Report on the working of the Ranchi Indian Mental Hospital, Kanke, in Bihar and Orissa - 1930-1940
Year: 1930
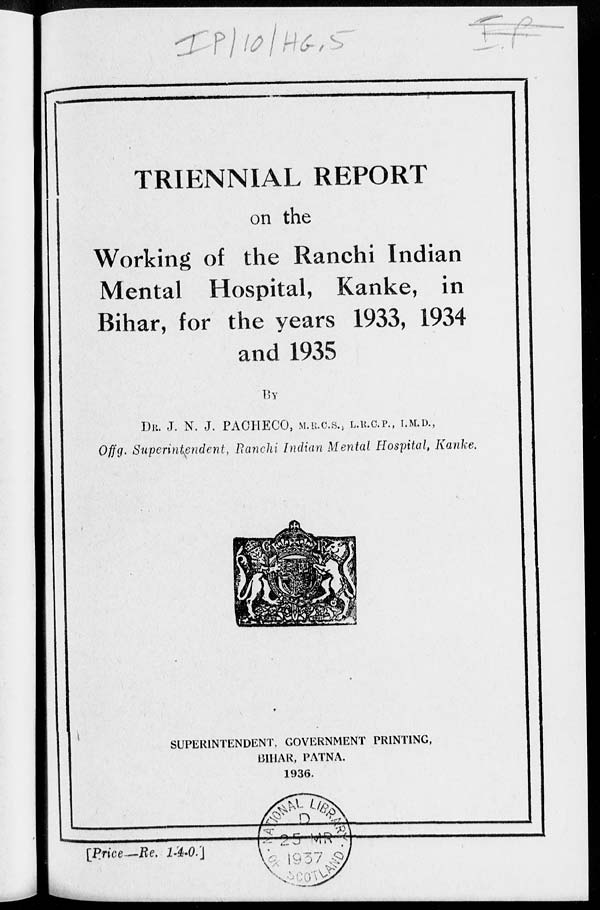
TRIENNIAL REPORT
on the
Working of the Ranchi Indian
Mental Hospital, Kanke, in
Bihar, for the years 1933, 1934
and 1935
By
DR. J. N. J. PACHECO, M.R.C.S., L.R.C.P., I.M.D.,
Offg. Superintendent, Ranchi Indian Mental Hospital, Kanke,
SUPERINTENDENT, GOVERNMENT PRINTING,
BIHAR, PATNA.
1936.
[Price—Re. 1-4-0.]